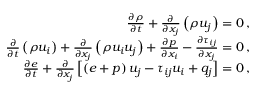
\begin{array} { r } { \frac { \partial \rho } { \partial t } + \frac { \partial } { \partial x _ { j } } \left( \rho u _ { j } \right) = 0 \, \mathrm { , } } \\ { \frac { \partial } { \partial t } \left( \rho u _ { i } \right) + \frac { \partial } { \partial x _ { j } } \left( \rho u _ { i } u _ { j } \right) + \frac { \partial p } { \partial x _ { i } } - \frac { \partial \tau _ { i j } } { \partial x _ { j } } = 0 \, \mathrm { , } } \\ { \frac { \partial e } { \partial t } + \frac { \partial } { \partial x _ { j } } \left[ \left( e + p \right) u _ { j } - \tau _ { i j } u _ { i } + q _ { j } \right] = 0 \, \mathrm { , } } \end{array}